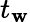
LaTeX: t_{\mathbf{w}}